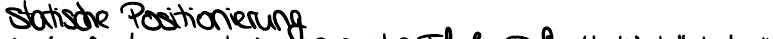
statische Positionierung